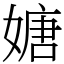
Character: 㜍